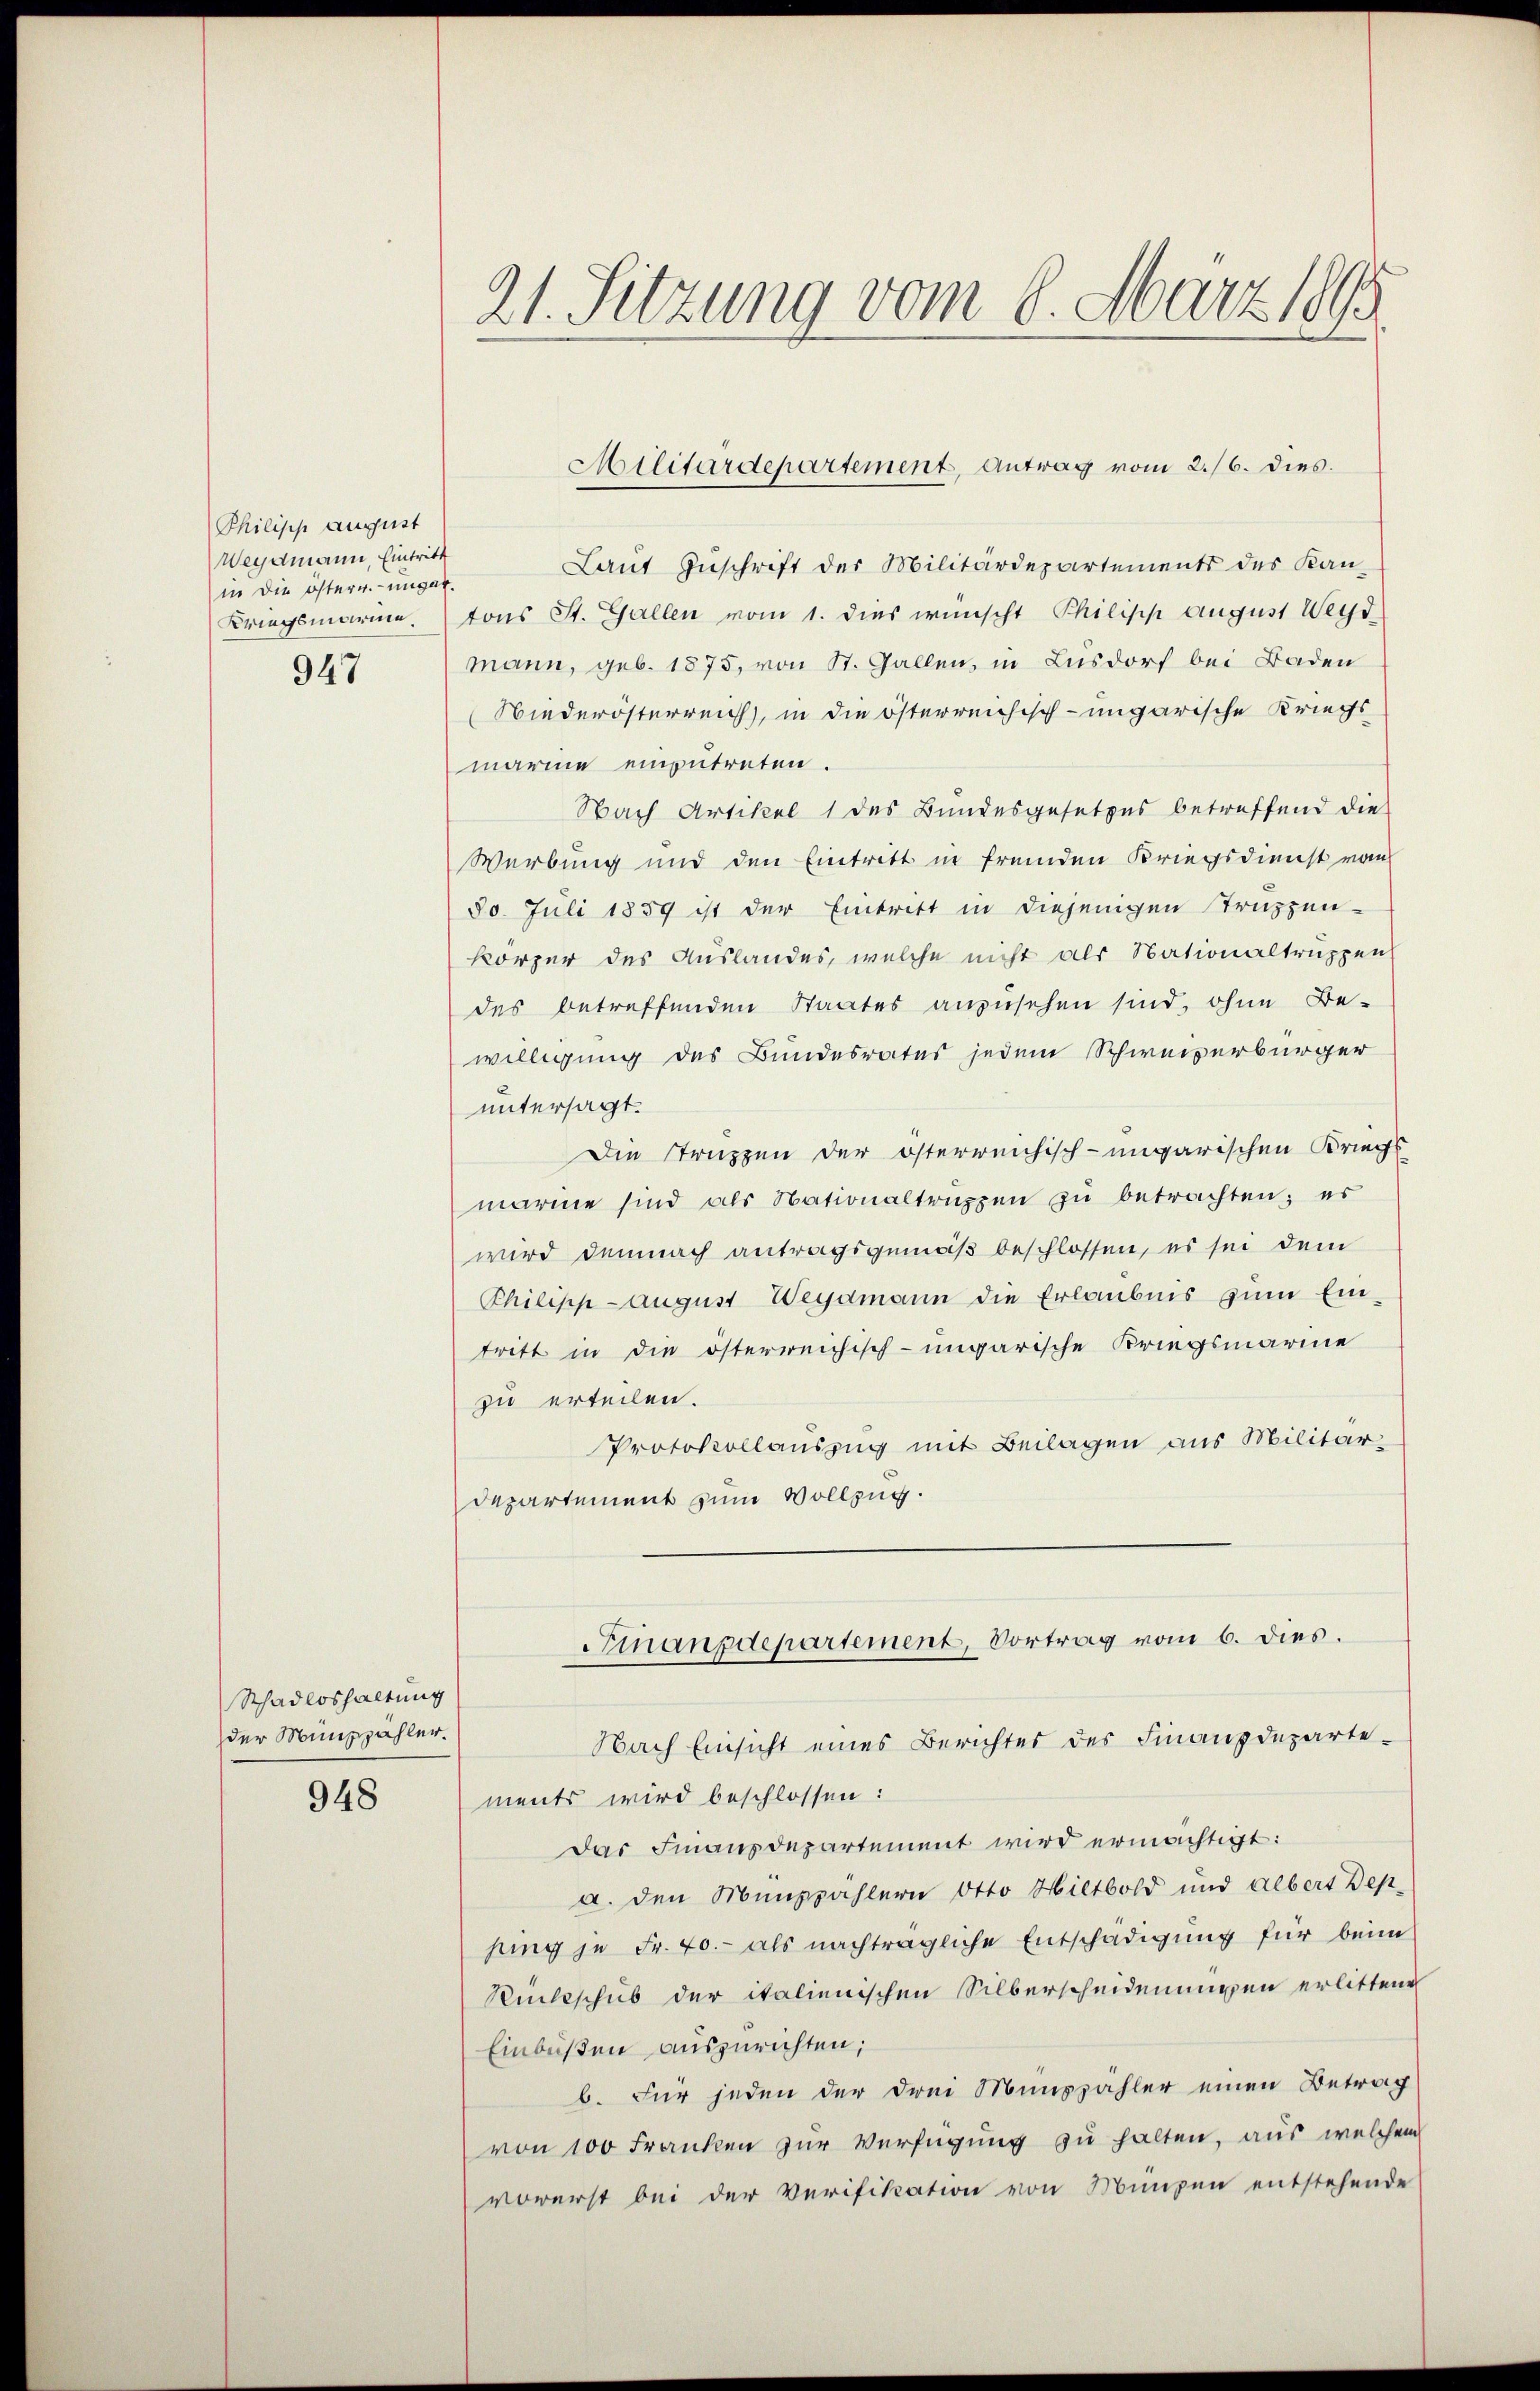
Philisch August
Weydmann, Eintritt
in die österr.-ungar.
Kriegsmarie.

947

Schadloshaltung
der Münszahler.

948

21. Sitzung vom 8. März 1895

Laŭt Zŭschrift der Militärdepartements des Kan-
tons St. Gallen vom 1. dies wünscht Philipp August Weyd
mann, geb. 1875, von St. Gallen, in Lusdorf bei Baden
Wiederösterreich, in die österreichisch-ungarische Kriegs
marine einzutreten.
Nach Artikel 1 des Bundesgesetzes betreffend die
Werbung und den Eintritt in fremden Kriegsdienst vom
30. Juli 1859 ist der Eintritt in diejenigen Truppen-
körper des Auslandes, welche nicht als Nationaltruppen
des betreffenden Staates anzusehen sind, ohne Be-
willigung des Bundesrates jedem Schweizerbürger
untersagt.
Die Struppen der österreichisch-ungarischen Kriegs
marme sind als Nationaltruppen zu betrachten; es
wird demnach antragsgemäß beschlossen, es sei dem
Philipp August Wegmann die Erlaubnis zŭm Eintritt in die österreichisch-ungarische Kriegsmarine
zu erteilen.
Protokollauszug mit Beilagen aus Militär-
Departement zum Vollzug.

Militärdepartement, Antrag vom 2./6. dies

Finanpdepartement, Vortrag vom 6. dies.

Nach Einsicht eines Berichtes des Finanzdepartements wird beschlossen:
das Finanzdepartement wird ermächtigt:
a. den Münzpahlern Otto Hiltbold und albert Dep
jung je Fr. 40.- als nachträgliche Entschädigung für beim
Rückschub der italienischen Silberscheidenungen erlittene
Einbüßen auszurichten;
b. Für jeden der drei Münszahler einen Betrag
von 100 Franken zur Verfügung zu halten, aus welchem
vorerst bei der Verifikation von Münzen entstehende